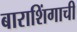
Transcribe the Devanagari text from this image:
बाराशिंगाची